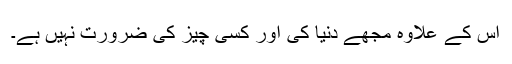
اس کے علاوہ مجھے دنیا کی اور کسی چیز کی ضرورت نہیں ہے۔